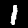
Label: 1